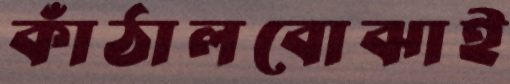
কাঁঠালবোঝাই